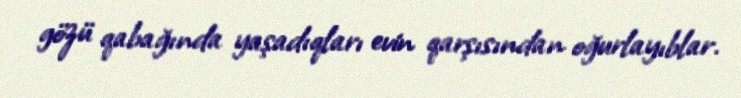
gözü qabağında yaşadıqları evin qarşısından oğurlayıblar.